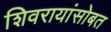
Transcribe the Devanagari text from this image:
शिवरायांसोबत